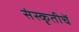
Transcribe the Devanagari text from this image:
संस्कृतीचें